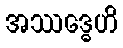
အဿဒ္ဓေဟိ